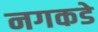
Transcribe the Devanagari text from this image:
नगकडे